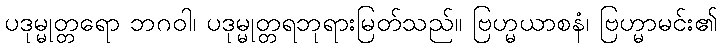
ပဒုမ္မုတ္တရော ဘဂဝါ၊ ပဒုမ္မုတ္တရဘုရားမြတ်သည်။ ဗြဟ္မယာစနံ၊ ဗြဟ္မာမင်း၏